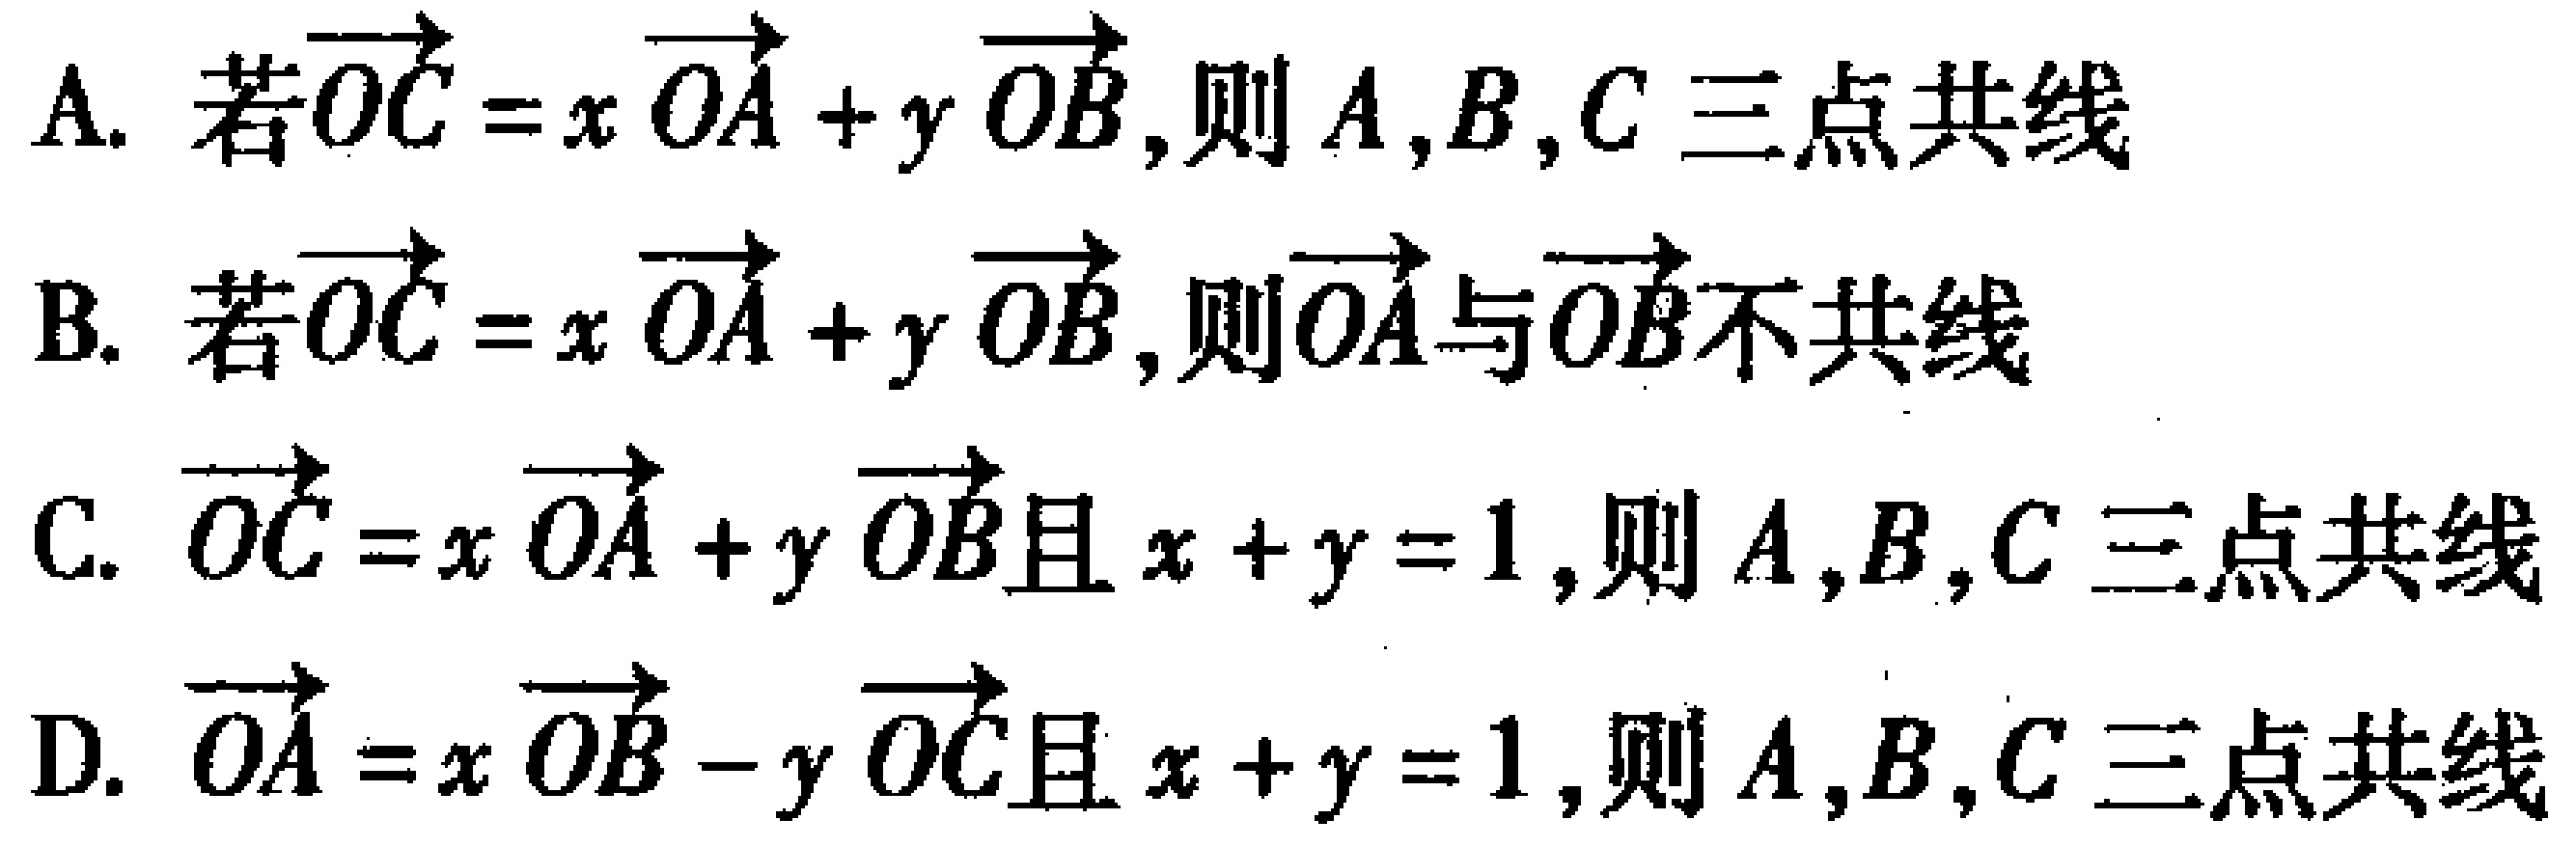
A. 若\(\overrightarrow{OC}=x\overrightarrow{OA} + y\overrightarrow{OB}\),则\(A,B,C\)三点共线
B. 若\(\overrightarrow{OC}=x\overrightarrow{OA} + y\overrightarrow{OB}\),则\(\overrightarrow{OA}\)与\(\overrightarrow{OB}\)不共线
C. \(\overrightarrow{OC}=x\overrightarrow{OA} + y\overrightarrow{OB}\)且\(x + y = 1\),则\(A,B,C\)三点共线
D. \(\overrightarrow{OA}=x\overrightarrow{OB}-y\overrightarrow{OC}\)且\(x + y = 1\),则\(A,B,C\)三点共线